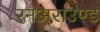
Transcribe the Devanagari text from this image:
रनअराउण्ड